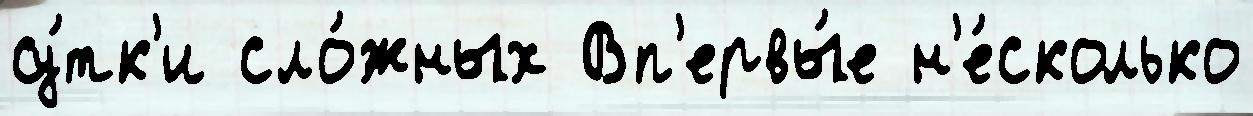
су́тк'и сло́жных Вп'ервы́е н'е́сколько